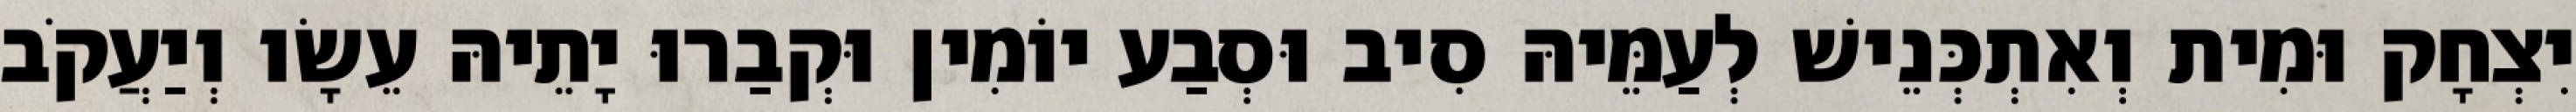
יִצְחָק וּמִית וְאִתְכְּנֵישׁ לְעַמֵּיהּ סִיב וּסְבַע יוֹמִין וּקְבַרוּ יָתֵיהּ עֵשָׂו וְיַעֲקֹב